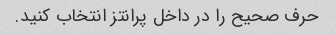
حرف صحیح را در داخل پرانتز انتخاب کنید.